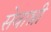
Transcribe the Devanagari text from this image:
सेवाश्री